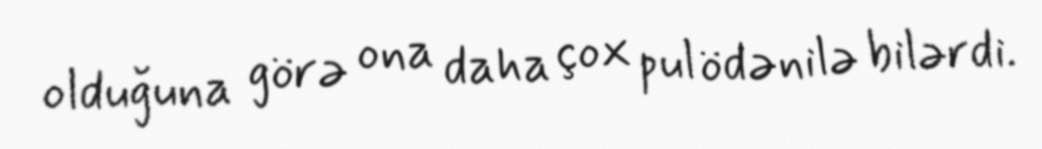
olduğuna görə ona daha çox pul ödənilə bilərdi.